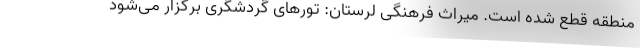
منطقه قطع شده است. میراث فرهنگی لرستان: تورهای گردشگری برگزار می‌شود